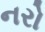
નરો